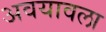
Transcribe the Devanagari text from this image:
अवयावला